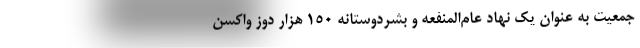
جمعیت به عنوان یک نهاد عام‌المنفعه و بشردوستانه ۱۵۰ هزار دوز واکسن